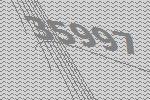
35997